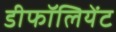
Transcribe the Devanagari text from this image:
डीफॉलियेंट